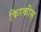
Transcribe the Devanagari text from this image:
फिरकीस